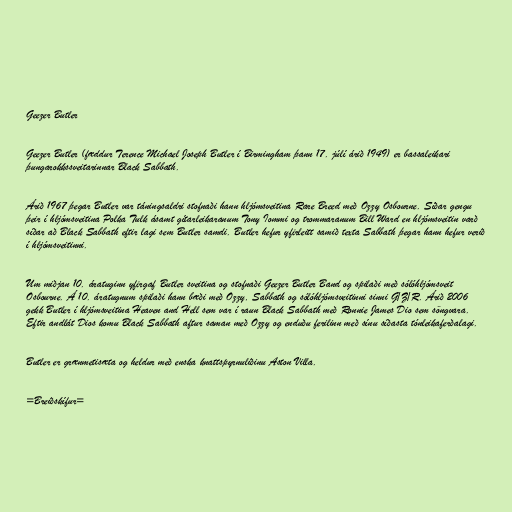
Geezer Butler

Geezer Butler (fæddur Terence Michael Joseph Butler í Birmingham þann 17. júlí árið 1949) er bassaleikari
þungarokkssveitarinnar Black Sabbath.

Árið 1967 þegar Butler var táningsaldri stofnaði hann hljómsveitina Rare Breed með Ozzy Osbourne. Síðar gengu
þeir í hljómsveitina Polka Tulk ásamt gítarleikaranum Tony Iommi og trommaranum Bill Ward en hljómsveitin varð
síðar að Black Sabbath eftir lagi sem Butler samdi. Butler hefur yfirleitt samið texta Sabbath þegar hann hefur verið
í hljómsveitinni.

Um miðjan 10. áratuginn yfirgaf Butler sveitina og stofnaði Geezer Butler Band og spilaði með sólóhljómsveit
Osbourne. Á 10. áratugnum spilaði hann bæði með Ozzy, Sabbath og sólóhljómsveitinni sinni G/Z/R. Árið 2006
gekk Butler í hljómsveitina Heaven and Hell sem var í raun Black Sabbath með Ronnie James Dio sem söngvara.
Eftir andlát Dios komu Black Sabbath aftur saman með Ozzy og enduðu ferilinn með sínu síðasta tónleikaferðalagi.

Butler er grænmetisæta og heldur með enska knattspyrnuliðinu Aston Villa.

=Breiðskífur=